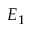
E _ { 1 }